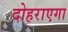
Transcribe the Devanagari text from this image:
दोहराएगा